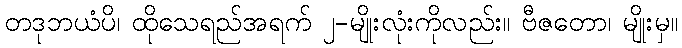
တဒုဘယံပိ၊ ထိုသေရည်အရက် ၂-မျိုးလုံးကိုလည်း။ ဗီဇတော၊ မျိုးမှ။